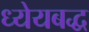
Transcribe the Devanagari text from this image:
ध्येयबद्ध